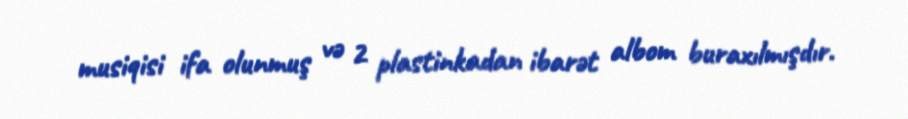
musiqisi ifa olunmuş və 2 plastinkadan ibarət albom buraxılmışdır.